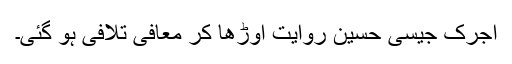
اجرک جیسی حسین روایت اوڑھا کر معافی تلافی ہو گئی۔